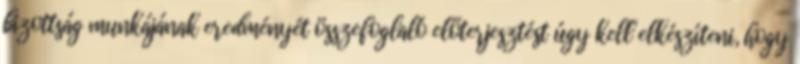
bizottság munkájának eredményét összefoglaló előterjesztést úgy kell elkészíteni, hogy